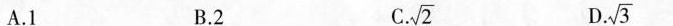
A.1 B.2 C. C\sqrt{2} D. \sqrt{3}